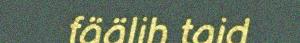
fäälih taid